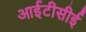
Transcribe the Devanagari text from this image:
आईटीसीई